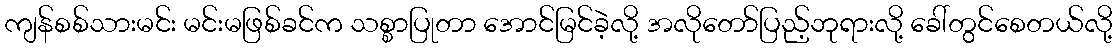
ကျန်စစ်သားမင်း မင်းမဖြစ်ခင်က သစ္စာပြုတာ အောင်မြင်ခဲ့လို့ အလိုတော်ပြည့်ဘုရားလို့ ခေါ်တွင်စေတယ်လို့